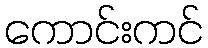
ကောင်းကင်